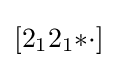
[2_{1}2_{1}{*}{\cdot }]